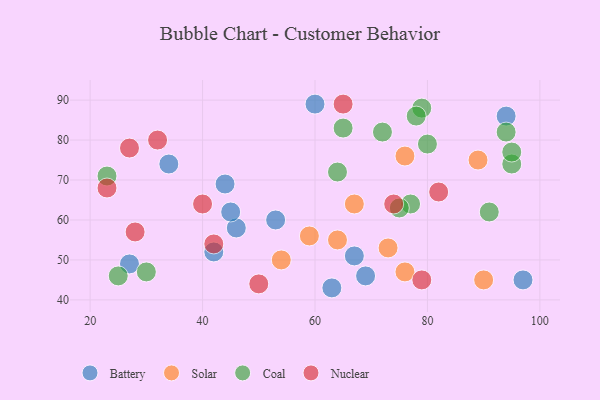
{"axis": {"x": "GDP", "y": "Life Expectancy"}, "legend": ["Battery", "Coal", "Nuclear", "Solar"], "data": [{"x": "46", "y": 58, "type": "Battery"}, {"x": "69", "y": 46, "type": "Battery"}, {"x": "44", "y": 69, "type": "Battery"}, {"x": "42", "y": 52, "type": "Battery"}, {"x": "97", "y": 45, "type": "Battery"}, {"x": "94", "y": 86, "type": "Battery"}, {"x": "63", "y": 43, "type": "Battery"}, {"x": "34", "y": 74, "type": "Battery"}, {"x": "67", "y": 51, "type": "Battery"}, {"x": "27", "y": 49, "type": "Battery"}, {"x": "45", "y": 62, "type": "Battery"}, {"x": "60", "y": 89, "type": "Battery"}, {"x": "53", "y": 60, "type": "Battery"}, {"x": "89", "y": 75, "type": "Solar"}, {"x": "54", "y": 50, "type": "Solar"}, {"x": "67", "y": 64, "type": "Solar"}, {"x": "59", "y": 56, "type": "Solar"}, {"x": "90", "y": 45, "type": "Solar"}, {"x": "76", "y": 76, "type": "Solar"}, {"x": "76", "y": 47, "type": "Solar"}, {"x": "64", "y": 55, "type": "Solar"}, {"x": "73", "y": 53, "type": "Solar"}, {"x": "25", "y": 46, "type": "Coal"}, {"x": "65", "y": 83, "type": "Coal"}, {"x": "79", "y": 88, "type": "Coal"}, {"x": "72", "y": 82, "type": "Coal"}, {"x": "80", "y": 79, "type": "Coal"}, {"x": "91", "y": 62, "type": "Coal"}, {"x": "95", "y": 74, "type": "Coal"}, {"x": "64", "y": 72, "type": "Coal"}, {"x": "95", "y": 77, "type": "Coal"}, {"x": "94", "y": 82, "type": "Coal"}, {"x": "78", "y": 86, "type": "Coal"}, {"x": "77", "y": 64, "type": "Coal"}, {"x": "75", "y": 63, "type": "Coal"}, {"x": "23", "y": 71, "type": "Coal"}, {"x": "30", "y": 47, "type": "Coal"}, {"x": "65", "y": 89, "type": "Nuclear"}, {"x": "74", "y": 64, "type": "Nuclear"}, {"x": "32", "y": 80, "type": "Nuclear"}, {"x": "40", "y": 64, "type": "Nuclear"}, {"x": "28", "y": 57, "type": "Nuclear"}, {"x": "79", "y": 45, "type": "Nuclear"}, {"x": "23", "y": 68, "type": "Nuclear"}, {"x": "27", "y": 78, "type": "Nuclear"}, {"x": "82", "y": 67, "type": "Nuclear"}, {"x": "42", "y": 54, "type": "Nuclear"}, {"x": "50", "y": 44, "type": "Nuclear"}]}